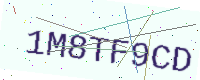
Text: 1M8TF9CD